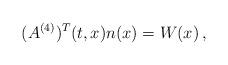
LaTeX: \begin{align*}(A^{(4)})^T(t,x) n(x) = W(x)\,,\end{align*}